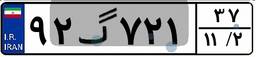
۱۳گ۹۲۲۲۵